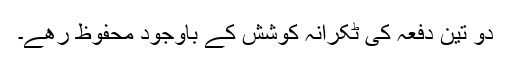
دو تین دفعہ کی ٹکرانہ کوشش کے باوجود محفوظ رھے۔